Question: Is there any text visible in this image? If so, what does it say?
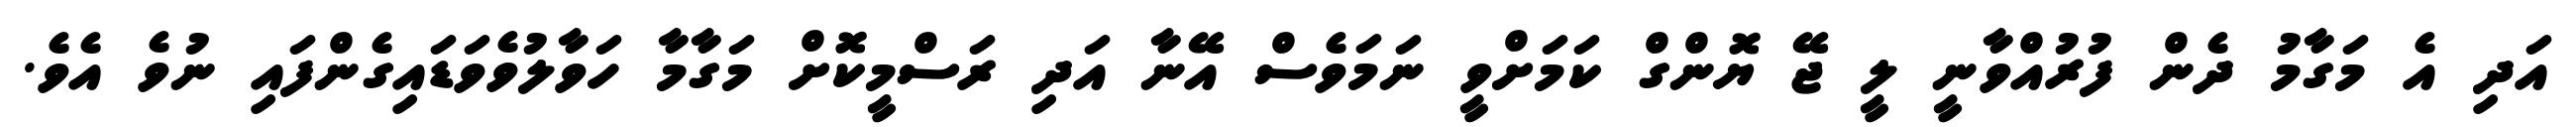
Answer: އަދި އެ މަގާމު ދެން ފުރުއްވާނީ ލީ ޖޭ ޔޮންގް ކަމަށްވީ ނަމަވެސް އޭނާ އަދި ރަސްމީކޮށް މަގާމާ ހަވާލުވެވަޑައިގެންފައި ނުވެ އެވެ.